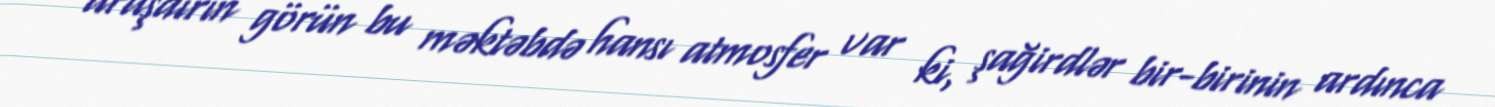
araşdırın görün bu məktəbdə hansı atmosfer var ki, şağirdlər bir-birinin ardınca